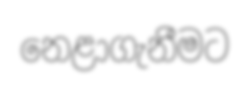
නෙළාගැනීමට